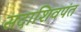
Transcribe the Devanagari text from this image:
सदाशिवपंत